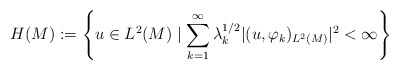
\begin{align*}H(M) := \left\{ u \in L^2(M) \mid \sum_{k=1}^\infty \lambda_k^{1\slash 2}|(u,\varphi_k)_{L^2(M)}|^2 < \infty\right\}\end{align*}